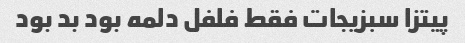
پیتزا سبزیجات فقط فلفل دلمه بود بد بود